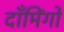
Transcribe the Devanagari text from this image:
दाँमिंगो